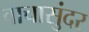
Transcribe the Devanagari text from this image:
वाचासुंदर